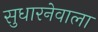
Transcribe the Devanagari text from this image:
सुधारनेवाला